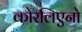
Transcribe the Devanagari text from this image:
कोरलिएनो